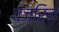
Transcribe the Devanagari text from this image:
वज्रिन